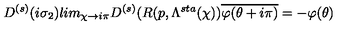
D ^ { ( s ) } ( i \sigma _ { 2 } ) l i m _ { \chi \rightarrow i \pi } D ^ { ( s ) } ( R ( p , \Lambda ^ { s t a } ( \chi ) ) \overline { { \varphi ( \theta + i \pi ) } } = - \varphi ( \theta )